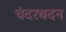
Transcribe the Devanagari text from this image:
चंदरबदन